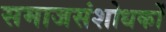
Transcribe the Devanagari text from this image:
समाजसंशोधकों